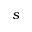
s